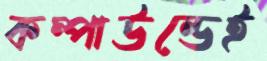
কম্পাউন্ডেই